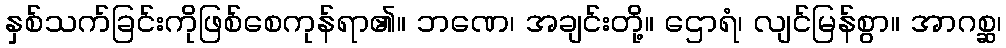
နှစ်သက်ခြင်းကိုဖြစ်စေကုန်ရာ၏။ ဘဏေ၊ အချင်းတို့။ ဌောရံ၊ လျင်မြန်စွာ။ အာဂစ္ဆ၊